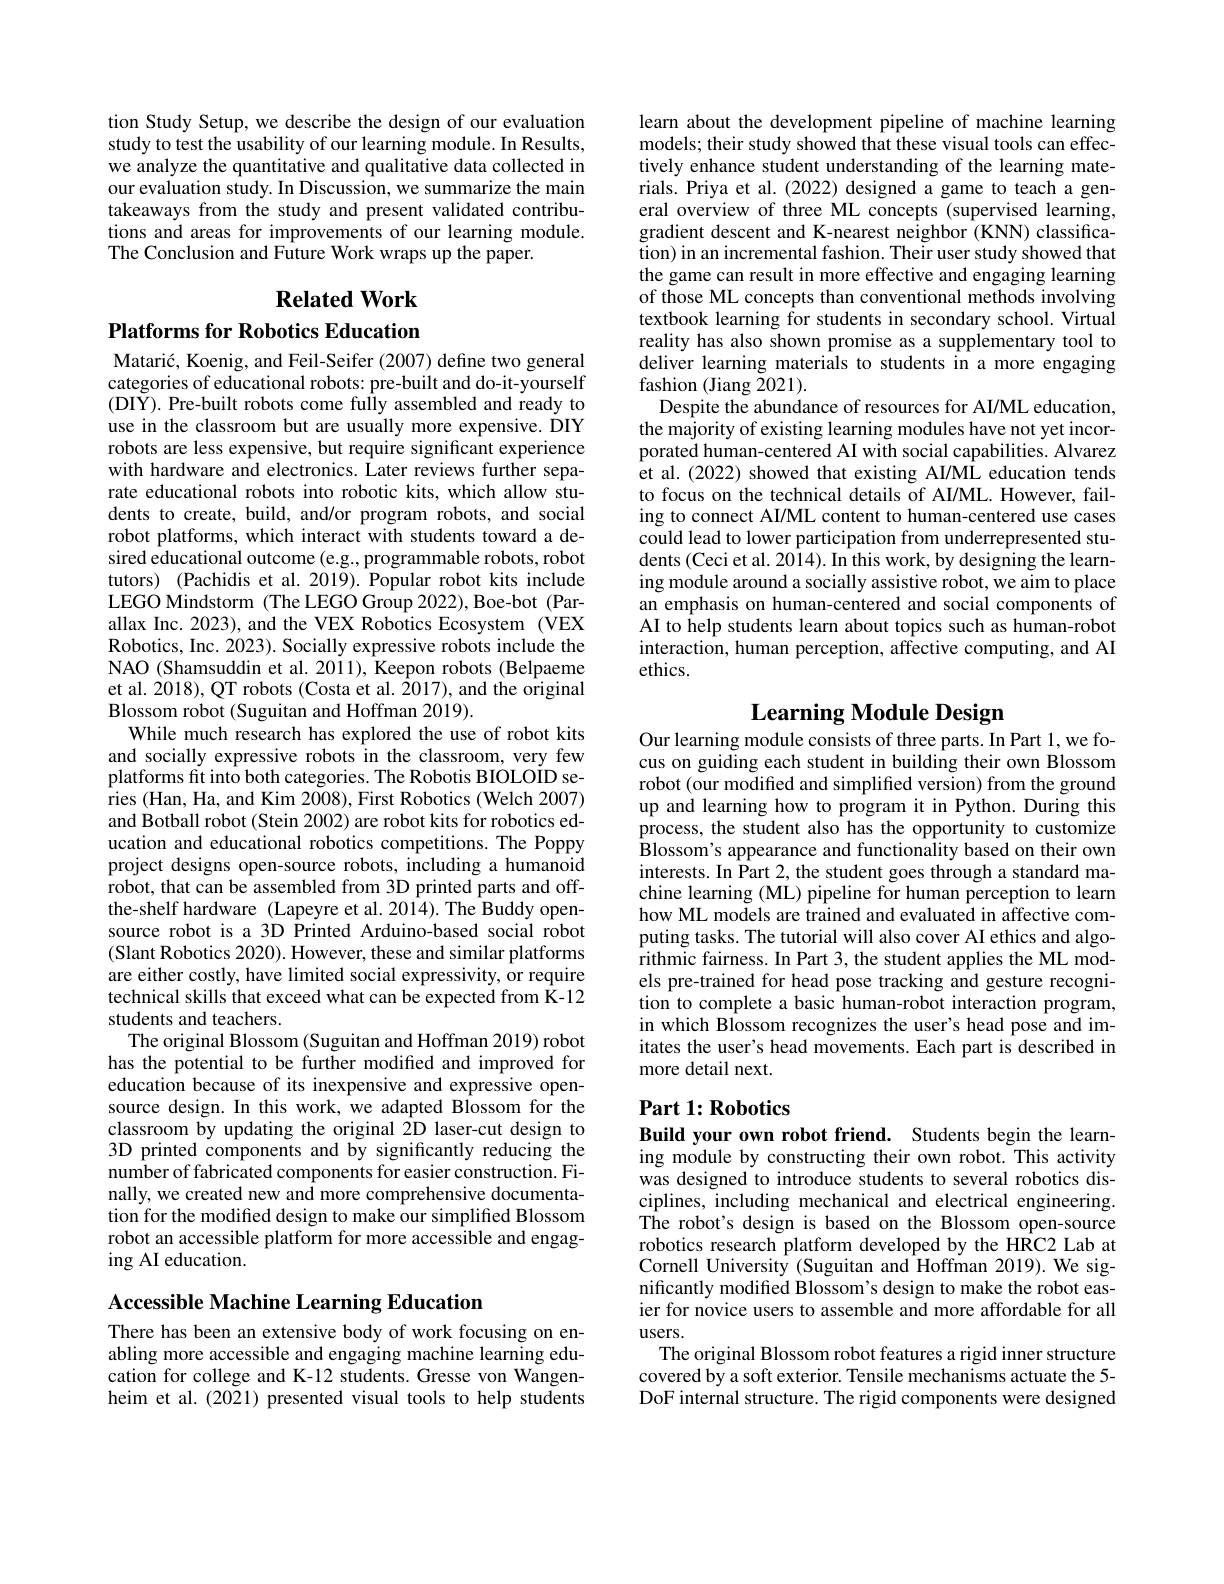
tion Study Setup, we describe the design of our evaluation study to test the usability of our learning module. In Results, we analyze the quantitative and qualitative data collected in our evaluation study. In Discussion, we summarize the main takeaways from the study and present validated contributions and areas for improvements of our learning module. The Conclusion and Future Work wraps up the paper.

$\textbf{Related Work}$

Platforms for Robotics Education

Matarić, Koenig, and Feil-Seifer (2007) define two general categories of educational robots: pre-built and do-it-yourself (DIY). Pre-built robots come fully assembled and ready to use in the classroom but are usually more expensive. DIY robots are less expensive, but require significant experience with hardware and electronics. Later reviews further separate educational robots into robotic kits, which allow students to create, build, and/or program robots, and social robot platforms, which interact with students toward a desired educational outcome (e.g., programmable robots, robot tutors) (Pachidis et al. 2019). Popular robot kits include LEGO Mindstorm (The LEGO Group 2022), Boe-bot (Parallax Inc. 2023), and the VEX Robotics Ecosystem (VEX Robotics, Inc. 2023). Socially expressive robots include the NAO (Shamsuddin et al. 2011), Keepon robots (Belpaeme et al. 2018), QT robots (Costa et al. 2017), and the original Blossom robot (Suguitan and Hoffman 2019).
While much research has explored the use of robot kits and socially expressive robots in the classroom, very few platforms fit into both categories. The Robotis BIOLOID series (Han, Ha, and Kim 2008), First Robotics (Welch 2007) and Botball robot (Stein 2002) are robot kits for robotics education and educational robotics competitions. The Poppy project designs open-source robots, including a humanoid robot, that can be assembled from 3D printed parts and offthe-shelf hardware (Lapeyre et al.2014).The Buddy opensource robot is a 3D Printed Arduino-based social robot (Slant Robotics 2020). However, these and similar platforms are either costly, have limited social expressivity, or require technical skills that exceed what can be expected from K-12 students and teachers.
The original Blossom (Suguitan and Hoffman 2019) robot has the potential to be further modified and improved for education because of its inexpensive and expressive opensource design. In this work, we adapted Blossom for the classroom by updating the original 2D laser-cut design to 3D printed components and by significantly reducing the $\hat{\text{number of fabricated components for easier construction. Fi-}}$ nally, we created new and more comprehensive documentation for the modified design to make our simplified Blossom robot an accessible platform for more accessible and engaging AI education.

Accessible Machine Learning Education

There has been an extensive body of work focusing on enabling more accessible and engaging machine learning education for college and K-12 students. Gresse von Wangenheim et al. (2021) presented visual tools to help students

learn about the development pipeline of machine learning models; their study showed that these visual tools can effectively enhance student understanding of the learning materials. Priya et al. (2022) designed a game to teach a general overview of three ML concepts (supervised learning, gradient descent and K-nearest neighbor (KNN) classification) in an incremental fashion. Their user study showed that the game can result in more effective and engaging learning of those ML concepts than conventional methods involving textbook learning for students in secondary school. Virtual reality has also shown promise as a supplementary tool to deliver learning materials to students in a more engaging fashion (Jiang 2021).
Despite the abundance of resources for AI/ML education, the majority of existing learning modules have not yet incorporated human-centered AI with social capabilities. Alvarez et al.(2022) showed that existing AI/ML education tends to focus on the technical details of AI/ML. However, failing to connect AI/ML content to human-centered use cases could lead to lower participation from underrepresented students (Ceci et al. 2014). In this work, by designing the learning module around a socially assistive robot, we aim to place an emphasis on human-centered and social components of AI to help students learn about topics such as human-robot interaction, human perception, affective computing, and AI ethics.

# Learning Module Design Our learning module consists of three parts. In Part 1, we fo-

cus on guiding each student in building their own Blossom robot (our modified and simplified version) from the ground up and learning how to program it in Python. During this process, the student also has the opportunity to customize Blossom's appearance and functionality based on their own interests. In Part 2, the student goes through a standard machine learning (ML) pipeline for human perception to learn how ML models are trained and evaluated in affective computing tasks. The tutorial will also cover AI ethics and algorithmic fairness. In Part 3, the student applies the ML models pre-trained for head pose tracking and gesture recognition to complete a basic human-robot interaction program, in which Blossom recognizes the user's head pose and imitates the user's head movements. Each part is described in more detail next.

## $\textbf{Part 1: Robotics}$

Build your own robot friend. Students begin the learning module by constructing their own robot. This activity was designed to introduce students to several robotics disciplines, including mechanical and electrical engineering. The robot's design is based on the Blossom open-source robotics research platform developed by the HRC2 Lab at Cornell University (Suguitan and Hoffman 2019). We significantly modified Blossom's design to make the robot easier for novice users to assemble and more affordable for all users.
The original Blossom robot features a rigid inner structure covered by a soft exterior. Tensile mechanisms actuate the 5- DoF internal structure. The rigid components were designed